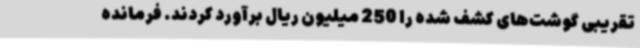
تقریبی گوشت‌های کشف شده را 250 میلیون ریال برآورد کردند. فرمانده